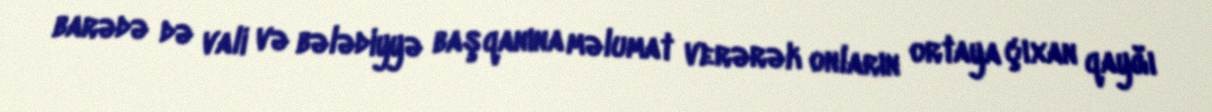
barədə də vali və bələdiyyə başqanına məlumat verərək onların ortaya çıxan qayğı